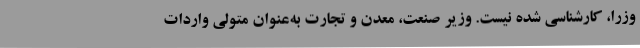
وزرا، کارشناسی شده نیست. وزیر صنعت، معدن و تجارت به‌عنوان متولی واردات